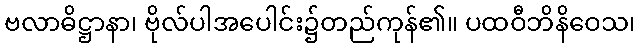
ဗလာဓိဋ္ဌာနာ၊ ဗိုလ်ပါအပေါင်း၌တည်ကုန်၏။ ပထဝီဘိနိဝေသ၊